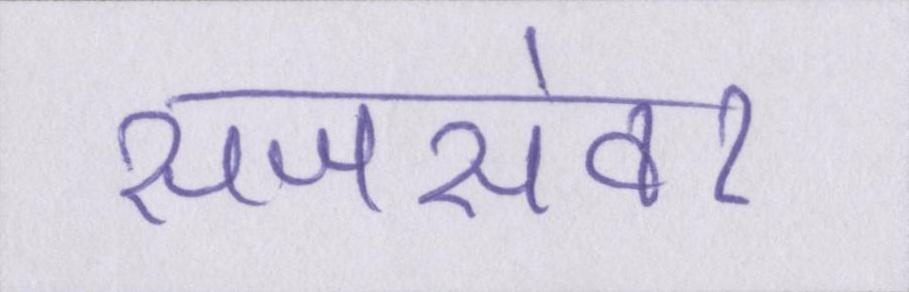
सजसंवर